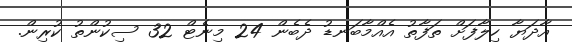
އާދަޔާ ހިލާފަށް ތަފާތު އެއްމާބަނޑު ދެބެން 24 މިނެޓް 32 ސިކުންތު ކުރިން.